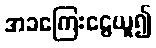
အခကြေးငွေယူ၍